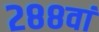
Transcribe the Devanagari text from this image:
२८८वां